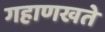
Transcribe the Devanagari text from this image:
गहाणखते